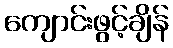
ကျောင်းဖွင့်ချိန်